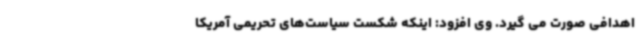
اهدافی صورت می گیرد. وی افزود: اینکه شکست سیاست‌های تحریمی آمریکا